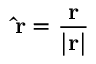
\mathbf { \hat { r } } = \mathbf { \frac { r } { | r | } }